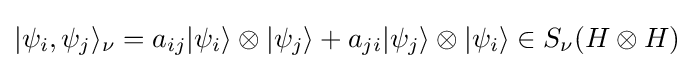
{\textstyle |\psi _{i},\psi _{j}\rangle _{\nu }=a_{ij}|\psi _{i}\rangle \otimes |\psi _{j}\rangle +a_{ji}|\psi _{j}\rangle \otimes |\psi _{i}\rangle \in S_{\nu }(H\otimes H)}